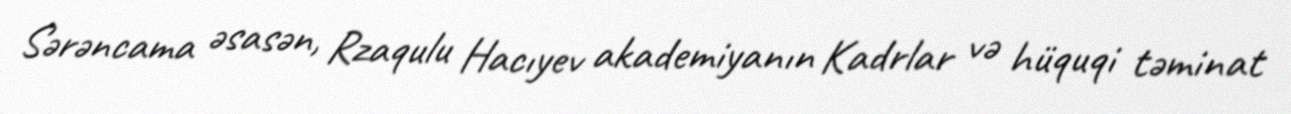
Sərəncama əsasən, Rzaqulu Hacıyev akademiyanın Kadrlar və hüquqi təminat